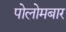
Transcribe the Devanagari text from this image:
पोलोमबार